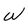
Character: W